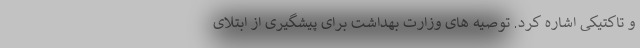
و تاکتیکی اشاره کرد. توصیه های وزارت بهداشت برای پیشگیری از ابتلای